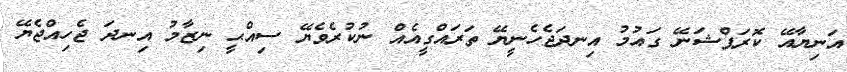
އަނިޔާއޭ ކޮރަޕްޝަނޭ ގައުމު އިނދަޖެހެނީޔޭ ތަރައްގީއެއް ނުކުރެވެޔޭ ސިއްޙީ ނިޒާމު އިނދަ ޖެހިއްޖެޔޭ